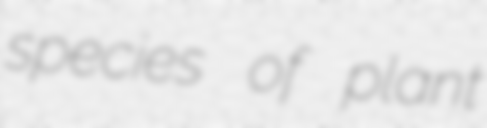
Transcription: species of plant